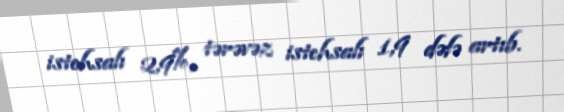
istehsalı 2,9%, tərəvəz istehsalı 1,9 dəfə artıb.